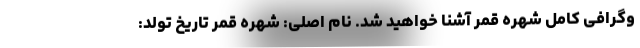
وگرافی کامل شهره قمر آشنا خواهید شد. نام اصلی: شهره قمر تاریخ تولد: